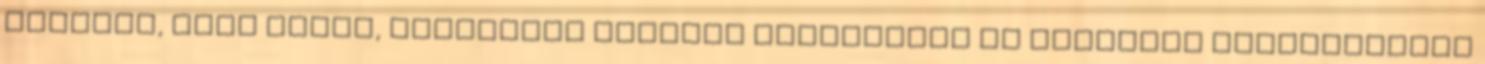
találja, amit keres, forduljon hozzánk bizalommal Az általunk forgalmazott